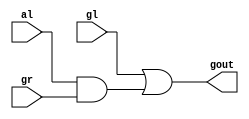
module dot(gout,gl,al,gr);
output gout;
input gr,gl,al;
assign gout = gl | (al & gr);
endmodule